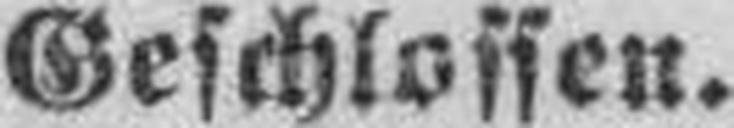
Geschlossen.